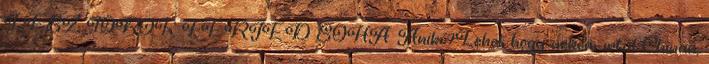
LESZ TÖRÖK FÉRJED SOHA. Anikó?Lehet hogy nekem irtál Chinan,